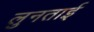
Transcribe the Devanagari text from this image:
लुनताई